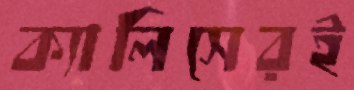
ক্যালিসেরই